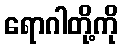
ရောဂါတို့ကို